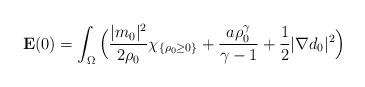
LaTeX: \begin{align*}{\bf E}(0)=\int_{\Omega}\Big(\frac {|m_0|^2}{2\rho_0}\chi_{\{\rho_0\ge 0\}}+\frac{a\rho_0^{\gamma}}{\gamma-1}+\frac12|\nabla d_0|^2\Big)\end{align*}